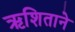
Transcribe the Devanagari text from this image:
ऋशिताने